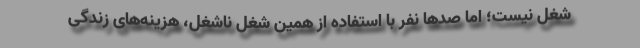
شغل نیست؛ اما صدها نفر با استفاده از همین شغلِ ناشغل، هزینه‌های زندگی